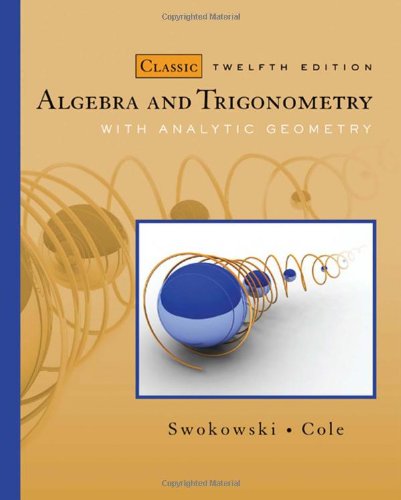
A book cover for Algebra and Trigonometry with Analytic Geometry, Classic 12th Edition (Available 2010 Titles Enhanced Web Assign); Earl Swokowski; Science & Math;